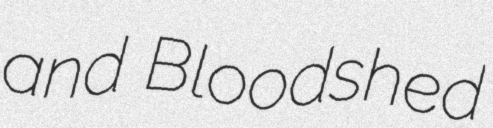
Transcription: and Bloodshed